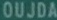
OUJDA